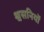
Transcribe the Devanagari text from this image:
श्वसनियों